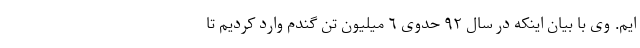
ایم. وی با بیان اینکه در سال ٩٢ حدوی ٦ میلیون تن گندم وارد کردیم تا